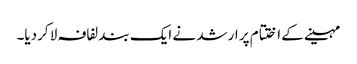
مہینے کے ا ختتام پر ارشد نے ایک بند لفافہ لا کردیا۔